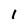
Character: 1